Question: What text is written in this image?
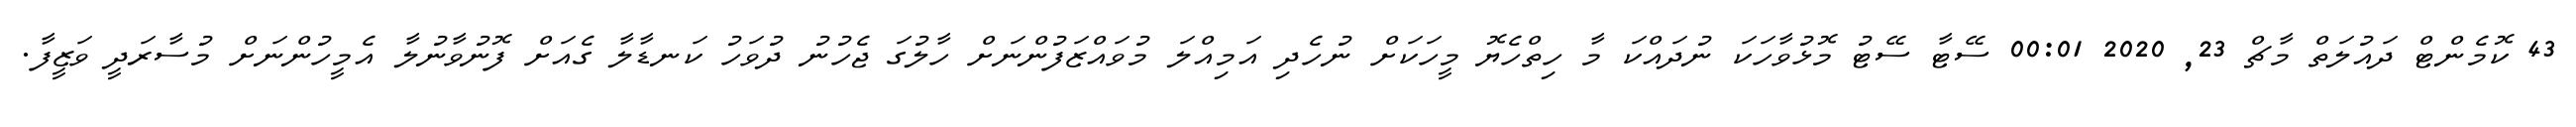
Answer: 43 ކޮމެންޓް ދައުލަތް މާޗް 23, 2020 00:01 ސޭޓާ ސޭޓު މޮޅުވާހަކަ ނުދައްކަ މާ ހިތްހެޔޮ މީހަކަށް ނުހެދި އަމިއްލަ މުވައްޒަފުންނަށް ހާލުގަ ޖެހުނު ދުވަހު ކަނޑާލާ ގެއަށް ފޮނުވާނުލާ އެމީހުންނަށް މުސާރަދީ ވަޒީފާ.